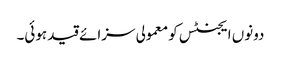
دونوں ایجنٹس کو معمولی سزائے قید ہوئی۔